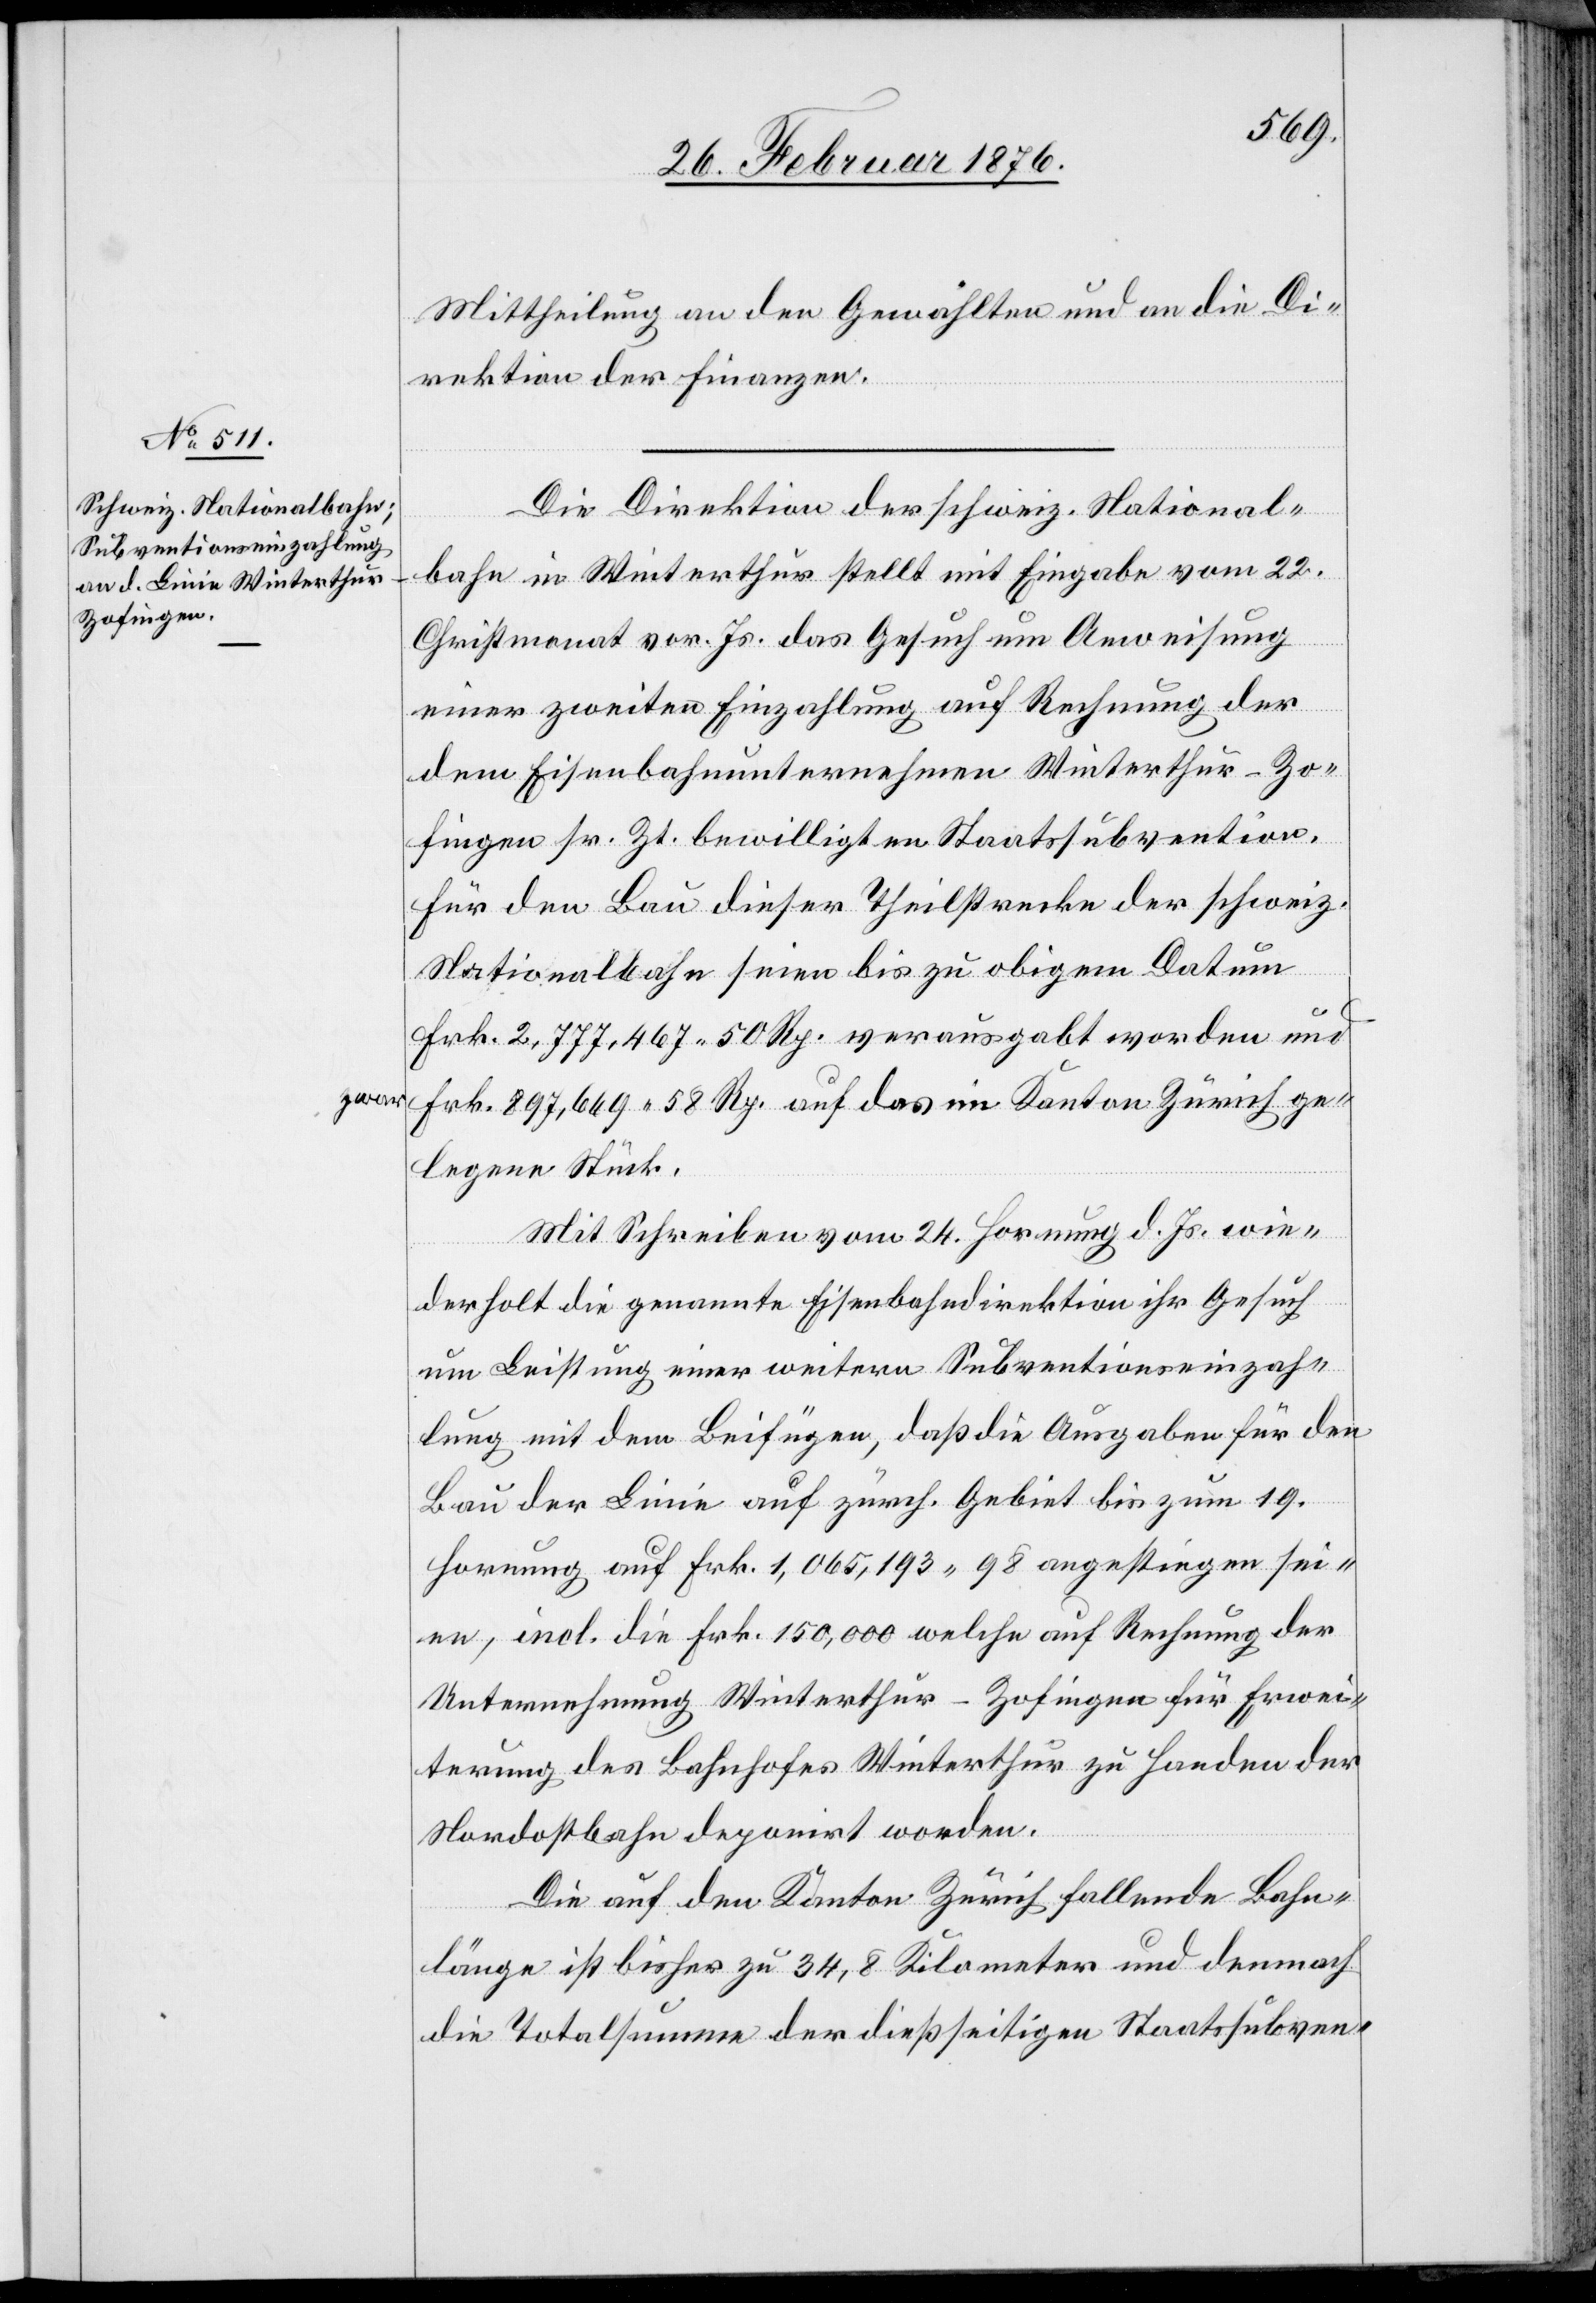
zwar

Mittheilung an den Gewählten und an die Di¬
rektion der Finanzen.
Die Direktion der schweiz. National¬
bahn in Winterthur stellt mit Eingabe vom 22.
Christmonat vor. Js. das Gesuch um Anweisung
einer zweiten Einzahlung auf Rechnung der
dem Eisenbahnunternehmen Winterthur–Zo¬
fingen sr. Zt. bewilligten Staatssubvention,
für den Bau dieser Theilstrecke der schweiz.
Nationalbahn seien bis zu obigem Datum
Frk. 2,777,467 50 Rp. vorausgabt worden und
Frk. 897,669 58 Rp. auf das im Kanton Zürich ge¬
legene Stück.
Mit Schreiben vom 24. Hornung d. Js. wie¬
derholt die genannte Eisenbahndirektion ihr Gesuch
um Leistung einer weitern Subventionseinzah¬
lung mit dem Beifügen, daß die Ausgaben für den
Bau der Linie auf zürch. Gebiet bis zum 19.
Hornung auf Frk. 1,065,193 98 angestiegen sei¬
en, incl. die Frk. 150,000 welche auf Rechnung der
Unternehmung Winterthur–Zofingen zu Handen
Nordostbahn deponirt worden.
Die auf den Kanton Zürich fallende Bahn¬
länge ist bisher zu 34,8 Kilometer und demnach
die Totalsumme der dießseitigen Staatssubven-